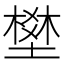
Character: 𡑀